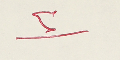
٢